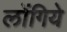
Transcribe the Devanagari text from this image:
लोंगिये